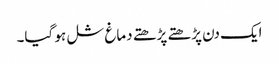
ایک دن پڑھتے پڑھتے دماغ شل ہو گیا۔